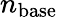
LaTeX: n_{\mathrm{base}}